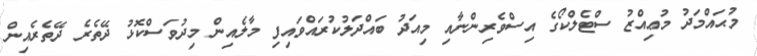
މުޙައްމަދު މުޢިއްޒު ސްޓެލްކޯގެ އިސްވެރިންނާއި މިއަދު ބައްދަލުކުރައްވައިފި މާލެއިން މިދުވަސްކޮޅު ދޭތެރެ ދޭތެރެއިން